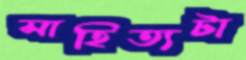
সাহিত্যটা